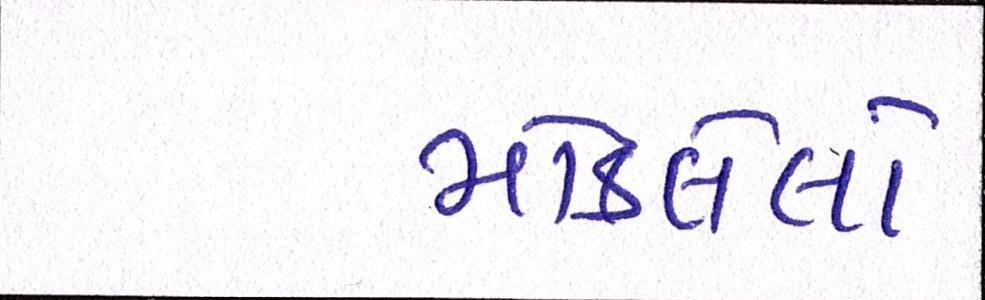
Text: મોકલેલો